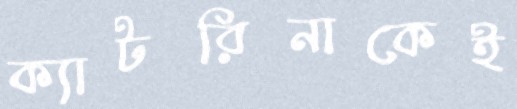
ক্যাটরিনাকেই